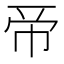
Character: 𢂇